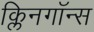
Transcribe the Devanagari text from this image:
क्लिनगॉन्स